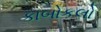
કાબોકલો